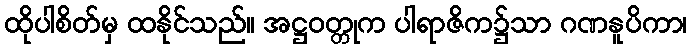
ထိုပါစိတ်မှ ထနိုင်သည်။ အဋ္ဌဝတ္တုက ပါရာဇိက၌သာ ဂဏနူပိကာ၊